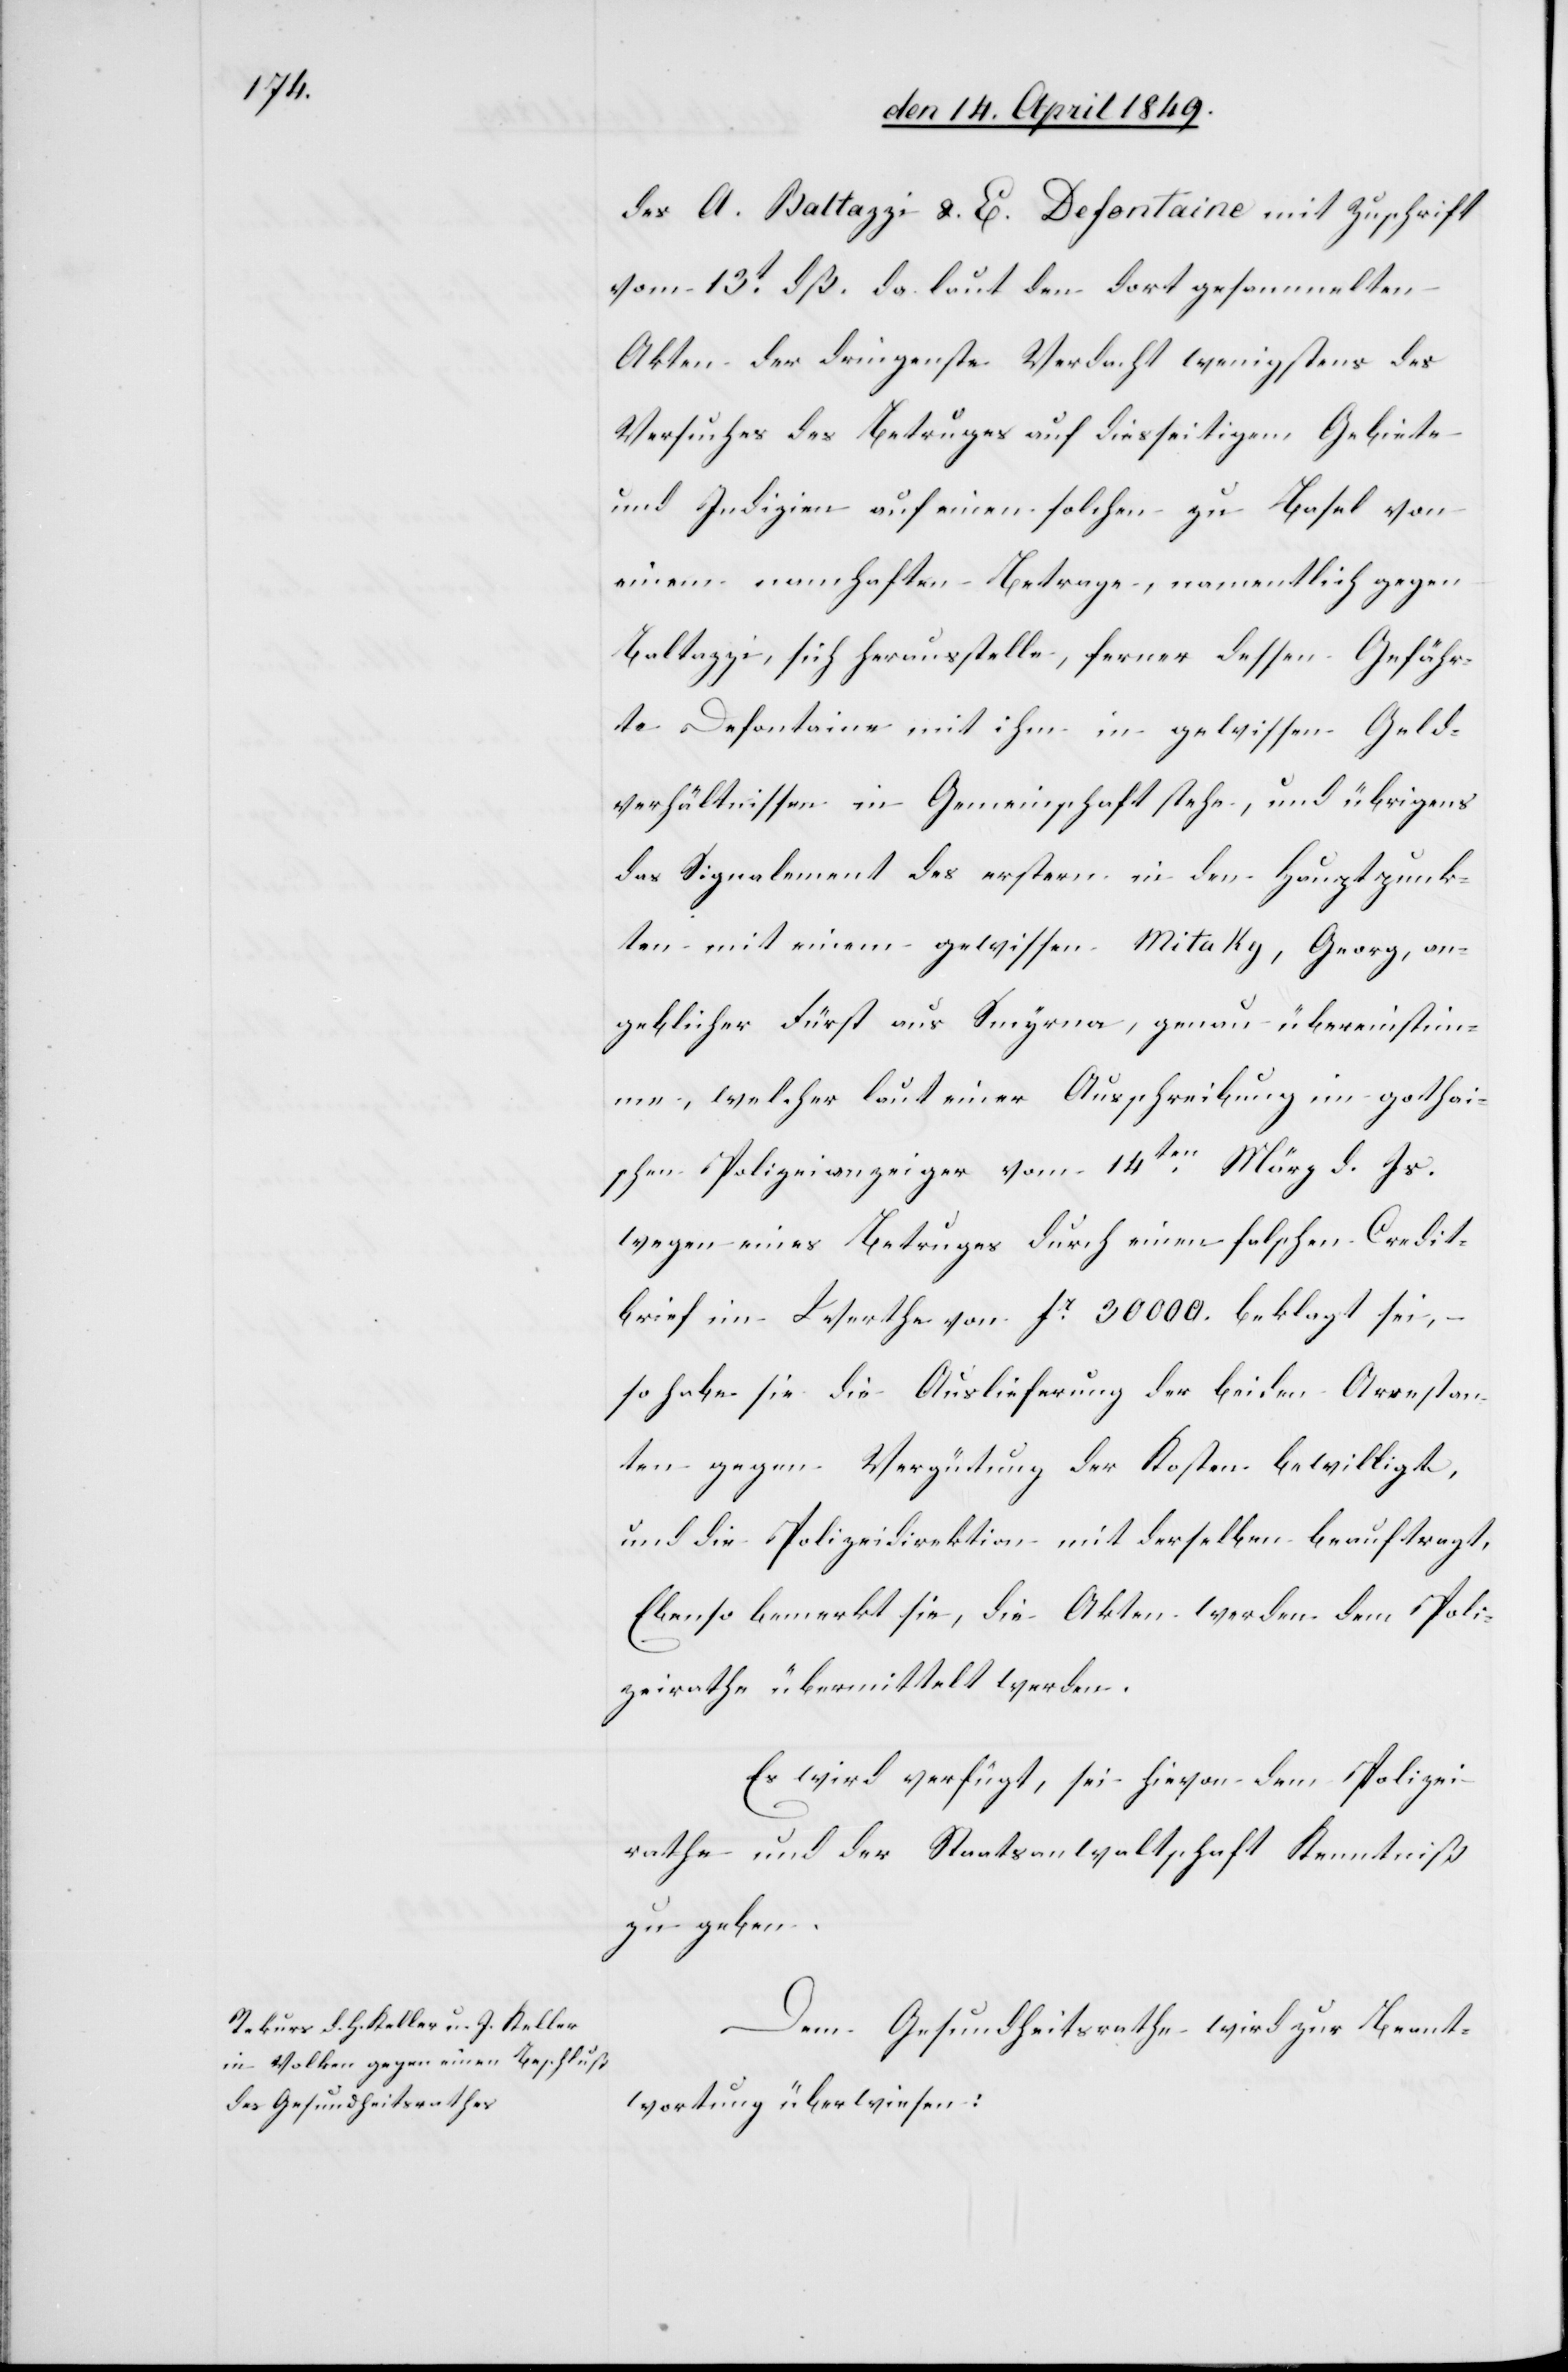
den 15t April 1849.]
des A. Battazzi & E. Defontaine mit Zuschrift
vom 13t dß. da laut den dort gesammelten
Akten der dringenste Verdacht wenigstens des
Versuches des Betruges auf diesseitigem Gebiete
und Indizien auf einen solchen zu Basel von
einem namhaften Betrage, namentlich gegen
Battazzi, sich herausstelle, ferner dessen Gefähr¬
te Defontaine mit ihm in gewissen Geld¬
verhältnissen in Gemeinschaft stehe, und übrigens
das Signalement des erstern in den Hauptpunk¬
ten mit einem gewissen Mitakg, Georg, an¬
geblicher Fürst aus Smyrna, genau übereinstim¬
me, welcher laut einer Ausschreibung im gothai¬
schen Polizeianzeiger vom 14ten März d. Js.
wegen eines Betruges durch einen falschen Credit¬
brief im Werthe von fr 30 000. beklagt sei,
so habe sie die Auslieferung der beiden Arrestan¬
ten gegen Vergütung der Kosten bewilligt,
und die Polizeidirektion mit derselben beauftragt.
Ebenso bemerkt sie, die Akten werden dem Poli¬
zeirathe übermittelt werden.
Es wird verfügt, sei hievon dem Polizei¬
rathe und der Staatsanwaltschaft Kenntniß
zu geben.
Dem Gesundheitsrathe wird zur Beant¬
wortung überwiesen: